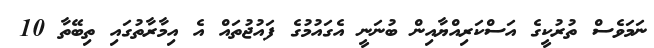
ނަމަވެސް ތުރުކީގެ އަސްކަރިއްޔާއިން ބުނަނީ އެގައުމުގެ ފައުޖުތައް އެ އިމާރާތުގައި ތިބޭތާ 10